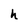
Character: h